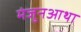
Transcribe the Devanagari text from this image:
मंजुनआथा